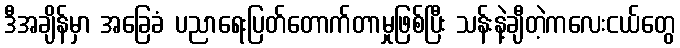
ဒီအချိန်မှာ အခြေခံ ပညာရေးပြတ်တောက်တာမှုဖြစ်ပြီး သန်းနဲ့ချီတဲ့ကလေးငယ်တွေ